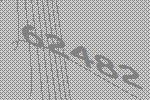
62482